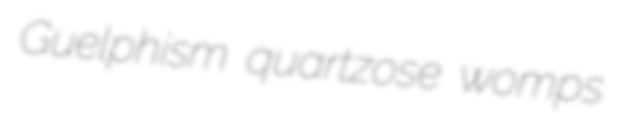
Guelphism quartzose womps